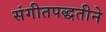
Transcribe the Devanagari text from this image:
संगीतपद्धतीने